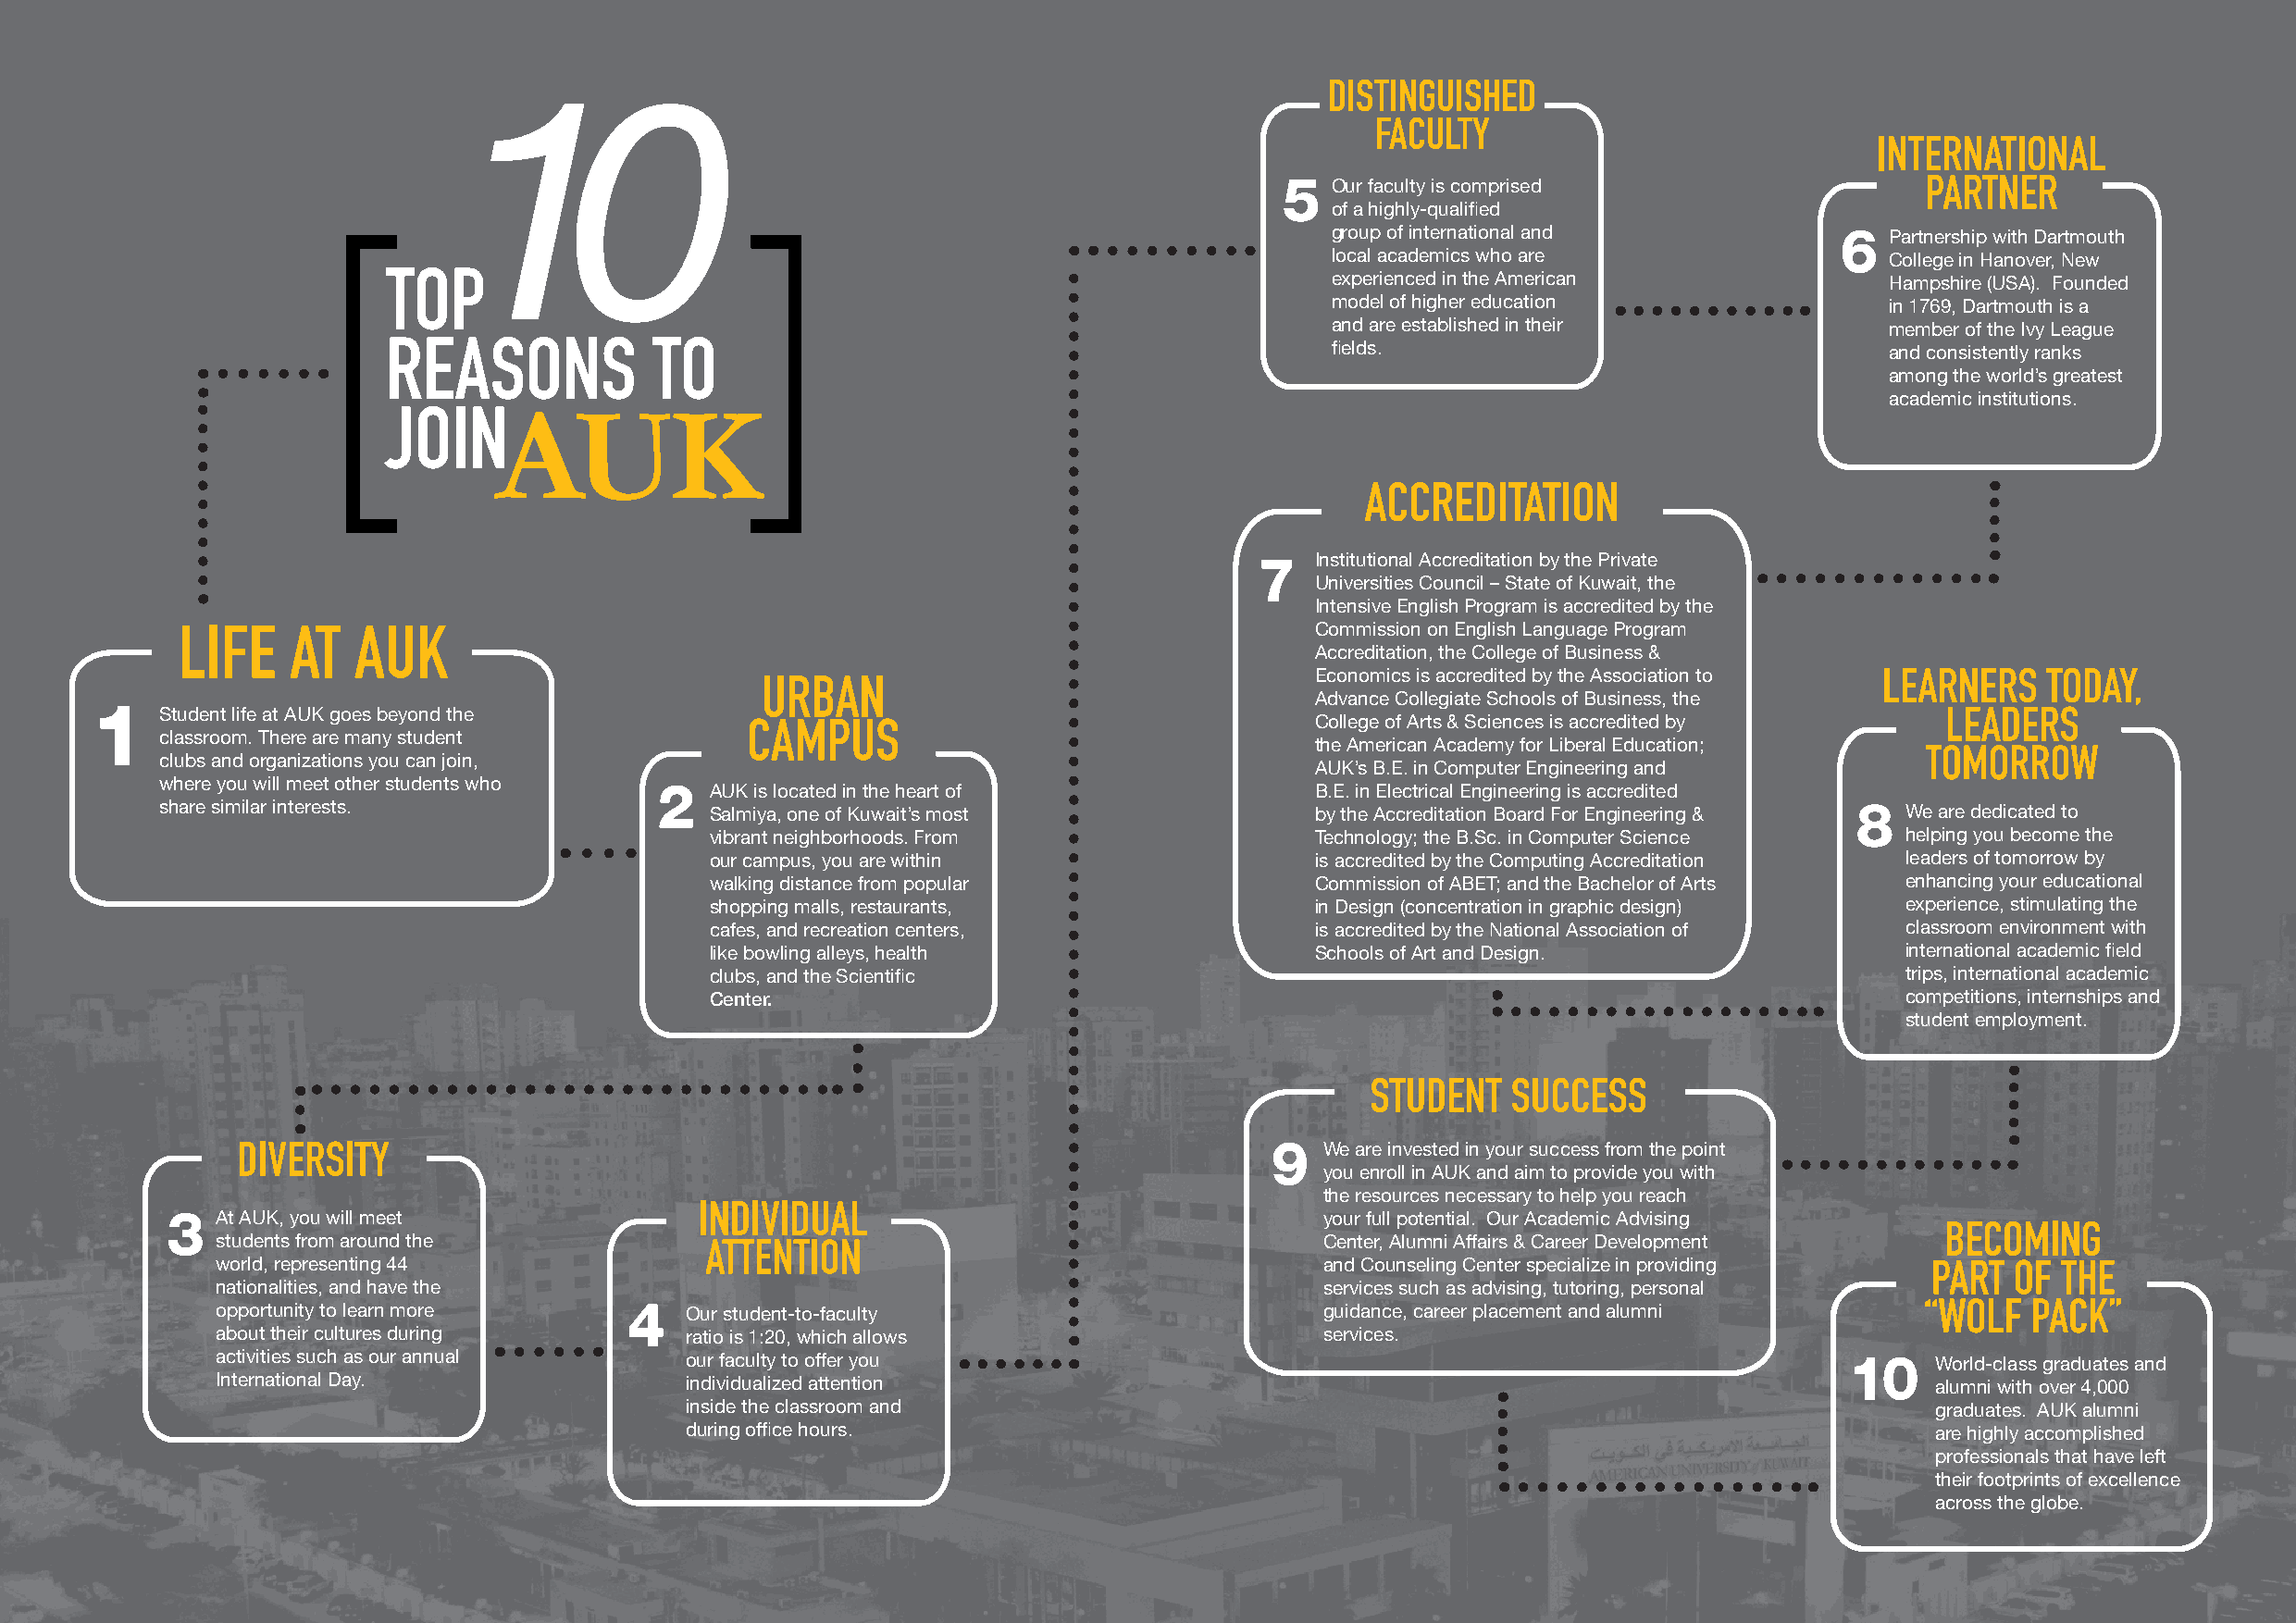
10                                                             DISTINGUISHED
 FACULTY
 INTERNATIONAL
 5  Our faculty is comprised                   PARTNER
 of a highly-qualified
 group of international and           6  Partnership with Dartmouth
 local academics who are                 College in Hanover, New
 TOP                                                                experienced in the American             Hampshire (USA). Founded
 model of higher education               in 1769, Dartmouth is a
 and are established in their            member of the Ivy League
 REASONS            TO                                              fields.                                 and consistently ranks
 among the world’s greatest
 academic institutions.
 AUK
 JOIN
 ACCREDITATION
 7   Institutional Accreditation by the Private
 Universities Council – State of Kuwait, the
 Intensive English Program is accredited by the
 Commission on English Language Program
 LIFE    AT  AUK
 Accreditation, the College of Business &
 Economics is accredited by the Association to LEARNERS TODAY,
 URBAN
 Advance Collegiate Schools of Business, the
 1   Student life at AUK goes beyond the                                                College of Arts & Sciences is accredited by  LEADERS
 CAMPUS
 classroom. There are many student
 the American Academy for Liberal Education;
 clubs and organizations you can join,                                                                                          TOMORROW
 AUK’s B.E. in Computer Engineering and
 where you will meet other students who
 2   AUK is located in the heart of             B.E. in Electrical Engineering is accredited
 share similar interests.                Salmiya, one of Kuwait’s most              by the Accreditation Board For Engineering & 8 We are dedicated to
 vibrant neighborhoods. From                Technology; the B.Sc. in Computer Science helping you become the
 our campus, you are within                 is accredited by the Computing Accreditation leaders of tomorrow by
 walking distance from popular              Commission of ABET; and the Bachelor of Arts enhancing your educational
 shopping malls, restaurants,               in Design (concentration in graphic design) experience, stimulating the
 cafes, and recreation centers,             is accredited by the National Association of classroom environment with
 like bowling alleys, health                Schools of Art and Design.                international academic field
 clubs, and the Scientific                                                            trips, international academic
 Center.                                                                              competitions, internships and
 student employment.
 STUDENT   SUCCESS
 DIVERSITY                                                                 9   We are invested in your success from the point
 you enroll in AUK and aim to provide you with
 the resources necessary to help you reach
 INDIVIDUAL
 3  At AUK, you will meet                                                           your full potential. Our Academic Advising
 BECOMING
 students from around the                                                        Center, Alumni Affairs & Career Development
 ATTENTION
 world, representing 44                                                          and Counseling Center specialize in providing PART OF THE
 nationalities, and have the                                                     services such as advising, tutoring, personal
 opportunity to learn more     4   Our student-to-faculty                        guidance, career placement and alumni      “WOLF  PACK”
 about their cultures during       ratio is 1:20, which allows                   services.
 activities such as our annual     our faculty to offer you                                                           10    World-class graduates and
 International Day.                individualized attention                                                                 alumni with over 4,000
 inside the classroom and                                                                 graduates. AUK alumni
 during office hours.                                                                     are highly accomplished
 professionals that have left
 their footprints of excellence
 across the globe.